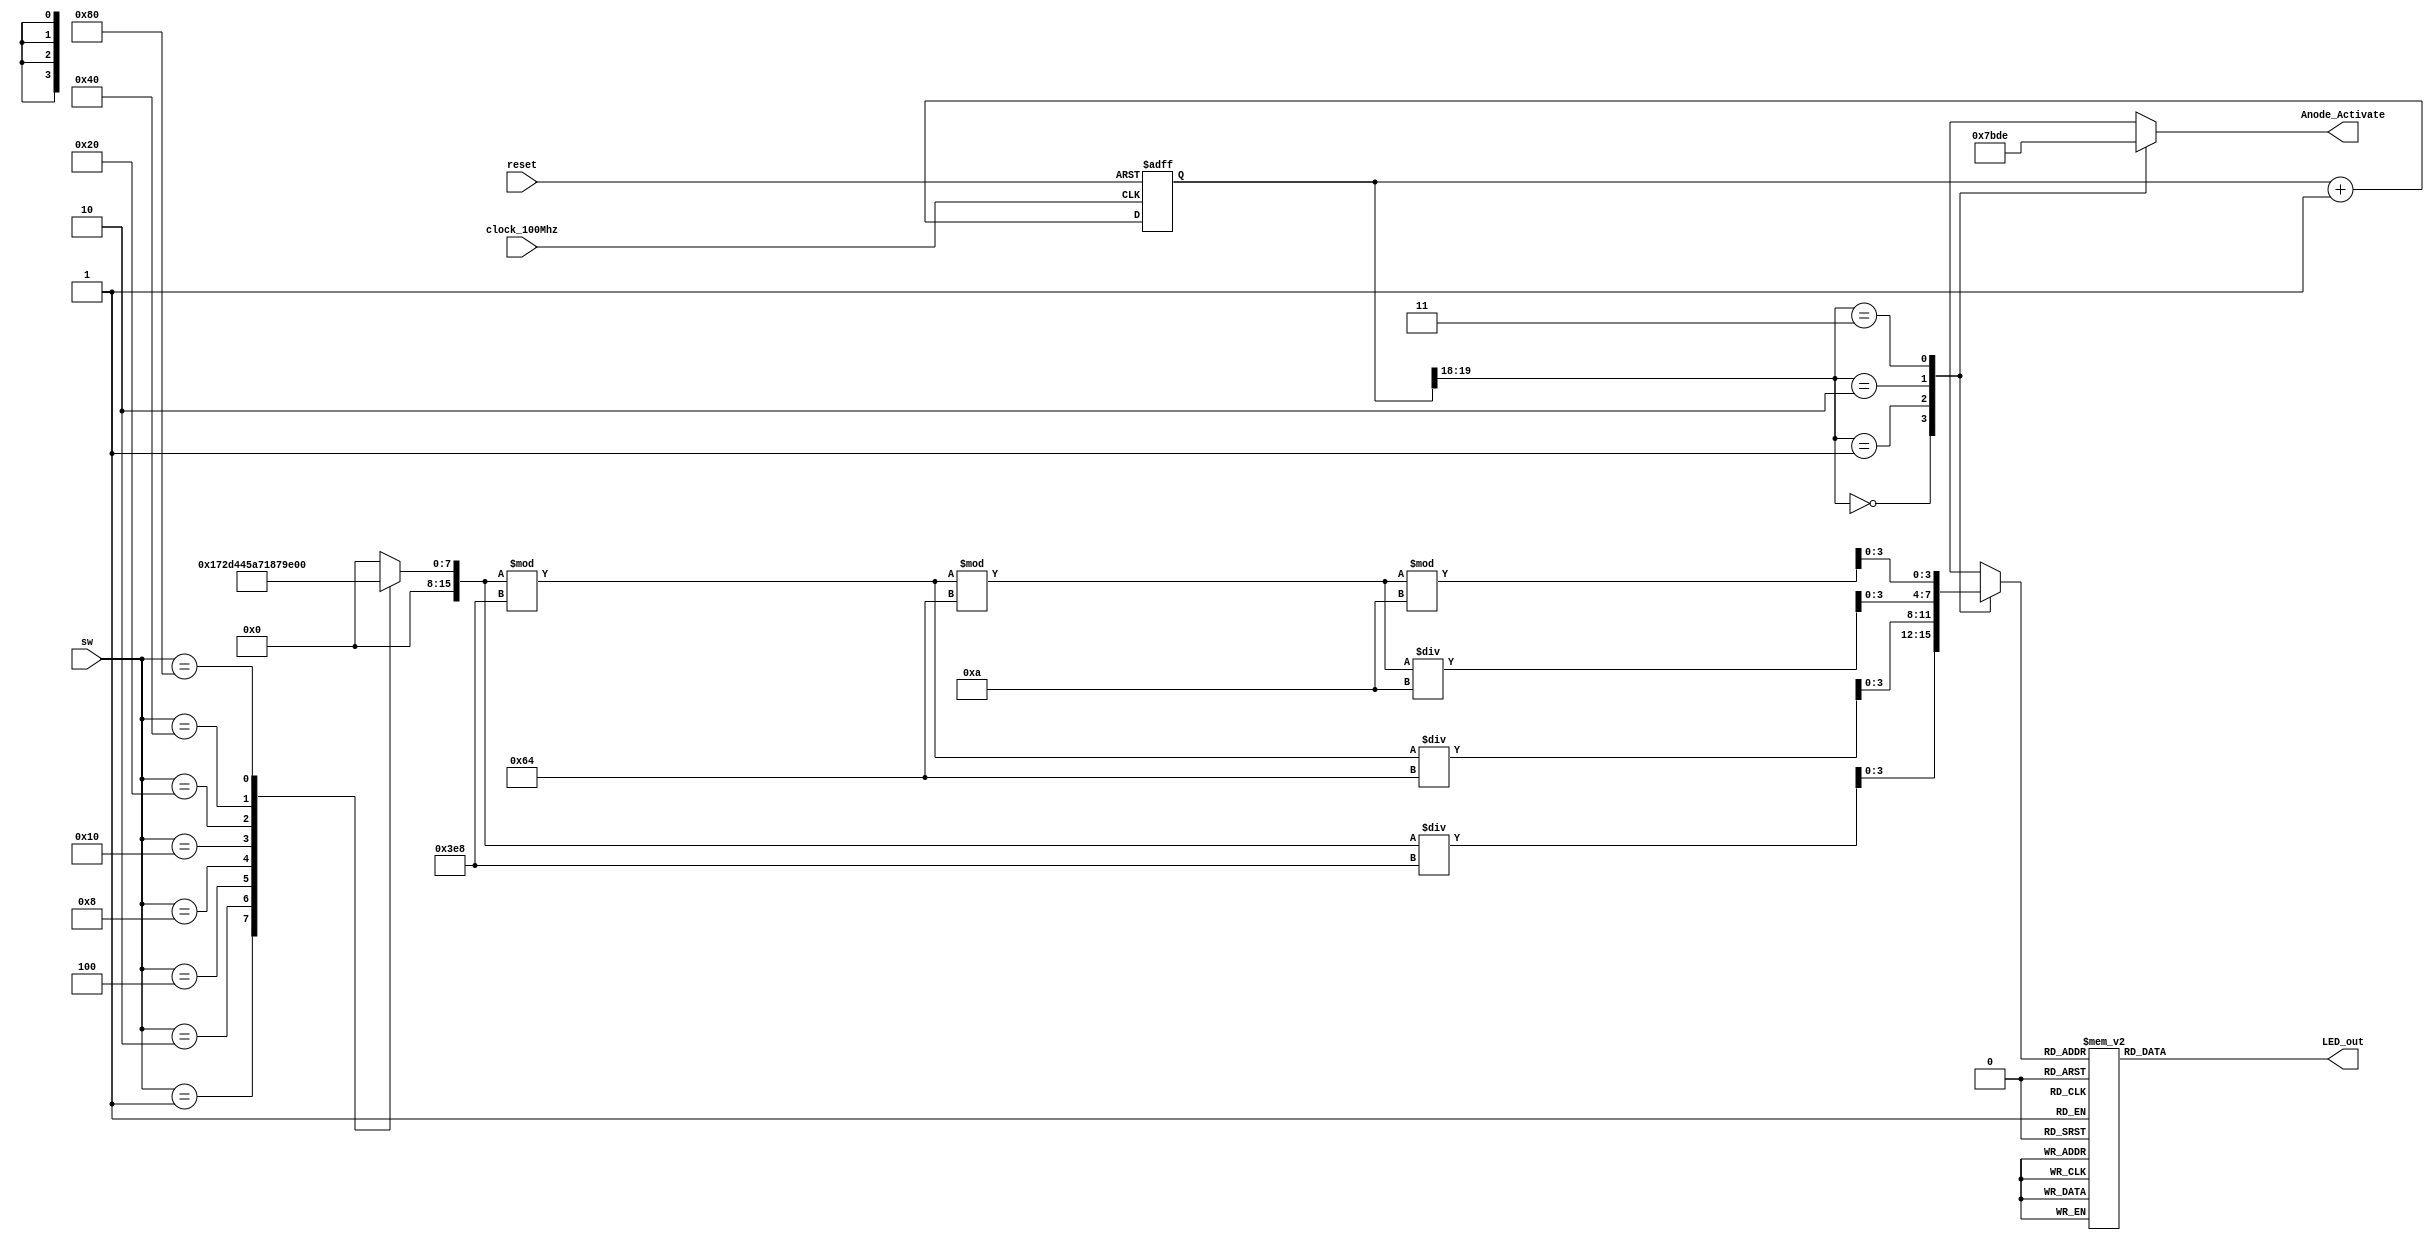
`timescale 1ns / 1ps
//////////////////////////////////////////////////////////////////////////////////
// Company: 
// Engineer: 
// 
// Design Name: 
// Module Name: sevenseg
// Project Name: 
// Target Devices: 
// Tool Versions: 
// Description: 
// 
// Dependencies: 
// 
// Revision:
// Revision 0.01 - File Created
// Additional Comments:
// 
//////////////////////////////////////////////////////////////////////////////////


module sevenseg(
input clock_100Mhz, // 100 Mhz Basys 3 iin gerekli clk frekans?
    input reset, 
    output reg [3:0] Anode_Activate,  // 7 segmentli LED ekranin anot sinyalleri
    output reg [6:0] LED_out,  // 7 segmentli LED ekranin katotlari
    input [7:0] sw       
    );
    reg [26:0] one_second_counter; // 1 saniye saat etkinlestirme olusturmak iin sayac
    wire one_second_enable;       // sayilari saymak iin bir saniye etkinlestir
    reg [15:0] displayed_number;  // grntlenecek sayma numarasi
    reg [3:0] LED_BCD;
    reg [19:0] refresh_counter; // 20-bit 10.5ms uretmek icin  380Hz refresh rate
             // the first 2 MSB bits for creating 4 LED-activating signals with 2.6ms digit period
    wire [1:0] LED_activating_counter; 
                 // count     0    ->  1  ->  2  ->  3
              // activates    LED1    LED2   LED3   LED4
             // and repeat
    always @ (sw)
    begin
        case (sw)
        // Switch 0
        1:
        displayed_number = 8'd23;
        // Switch 1
        2:
        displayed_number = 8'd45;
        // Switch 2
        4:
        displayed_number = 8'd68;
        // Switch 3
        8:
        displayed_number = 8'd90;
        // Switch 4
        16:
        displayed_number = 8'd113;
        // Switch 5
        32:
        displayed_number = 8'd135;
        // Switch 6
        64:
        displayed_number= 8'd157;
        // Switch 7
        128:
        displayed_number= 8'd180;
        default:
        displayed_number = 8'd0;
        endcase                 
    end
    // anode activating signals for 4 LEDs, digit period of 2.6ms
    // decoder to generate anode signals 
     always @(posedge clock_100Mhz or posedge reset)
    begin 
        if(reset==1)
            refresh_counter <= 0;
        else
            refresh_counter <= refresh_counter + 1;
    end 
    assign LED_activating_counter = refresh_counter[19:18];
    always @(*)
    begin
        case(LED_activating_counter)
        2'b00: begin
            Anode_Activate = 4'b0111; 
            // activate LED1 and Deactivate LED2, LED3, LED4
            LED_BCD = displayed_number/1000;
            // the first digit of the 16-bit number
              end
        2'b01: begin
            Anode_Activate = 4'b1011; 
            // activate LED2 and Deactivate LED1, LED3, LED4
            LED_BCD = (displayed_number % 1000)/100;
            // the second digit of the 16-bit number
              end
        2'b10: begin
            Anode_Activate = 4'b1101; 
            // activate LED3 and Deactivate LED2, LED1, LED4
            LED_BCD = ((displayed_number % 1000)%100)/10;
            // the third digit of the 16-bit number
                end
        2'b11: begin
            Anode_Activate = 4'b1110; 
            // activate LED4 and Deactivate LED2, LED3, LED1
            LED_BCD = ((displayed_number % 1000)%100)%10;
            // the fourth digit of the 16-bit number    
               end
        endcase
    end
    // Cathode patterns of the 7-segment LED display 
    always @(*)
    begin
        case(LED_BCD)
        4'b0000: LED_out = 7'b0000001; // "0"     
        4'b0001: LED_out = 7'b1001111; // "1" 
        4'b0010: LED_out = 7'b0010010; // "2" 
        4'b0011: LED_out = 7'b0000110; // "3" 
        4'b0100: LED_out = 7'b1001100; // "4" 
        4'b0101: LED_out = 7'b0100100; // "5" 
        4'b0110: LED_out = 7'b0100000; // "6" 
        4'b0111: LED_out = 7'b0001111; // "7" 
        4'b1000: LED_out = 7'b0000000; // "8"     
        4'b1001: LED_out = 7'b0000100; // "9" 
        default: LED_out = 7'b0000001; // "0"
        endcase
    end
endmodule